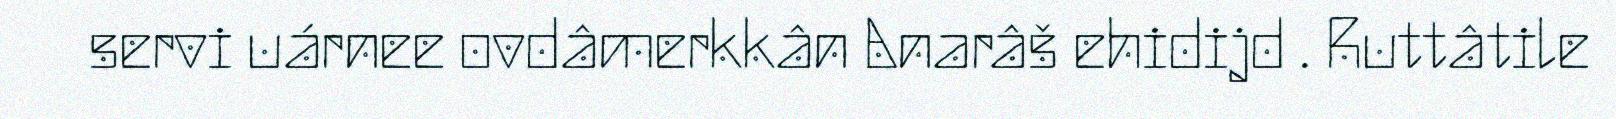
servi uárnee ovdâmerkkân Anarâš ehidijd . Ruttâtile